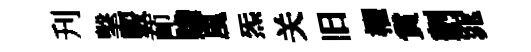
刋擊覈莭贍風炁关旧櫂賞劃窕